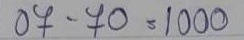
07 - 70 = 1000